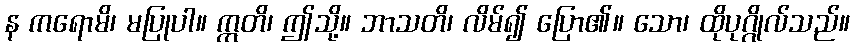
န ကရောမိ၊ မပြုပါ။ ဣတိ၊ ဤသို့။ ဘာသတိ၊ လိမ်၍ ပြော၏။ သော၊ ထိုပုဂ္ဂိုလ်သည်။